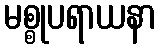
မစ္စုပရာယနာ